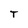
Character: T